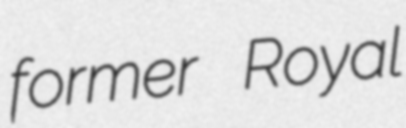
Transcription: former Royal